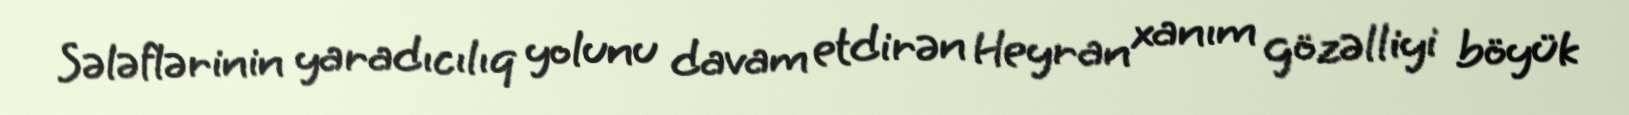
Sələflərinin yaradıcılıq yolunu davam etdirən Heyran xanım gözəlliyi böyük